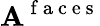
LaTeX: \mathbf{A}^{\mathrm{{~f~a~c~e~s~}}}